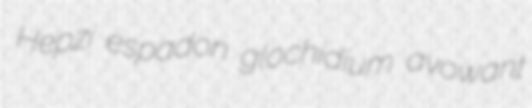
Hepzi espadon glochidium avowant